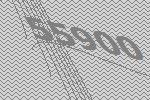
55900